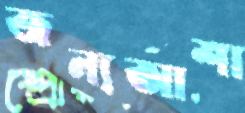
জন্যআশা